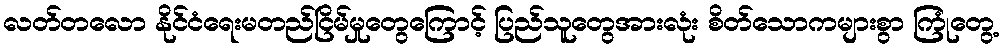
လတ်တလော နိုင်ငံရေးမတည်ငြိမ်မှုတွေကြောင့် ပြည်သူတွေအားလုံး စိတ်သောကများစွာ ကြုံတွေ့